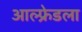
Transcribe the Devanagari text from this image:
आल्फ्रेडला